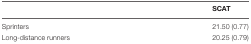
<table><thead><tr><td></td><td><b>SCAT</b></td></tr></thead><tbody><tr><td>Sprinters</td><td>21.50 (0.77)</td></tr><tr><td>Long-distance runners</td><td>20.25 (0.79)</td></tr></tbody></table>